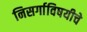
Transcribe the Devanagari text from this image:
निसर्गाविषयीचे